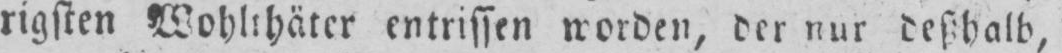
rigsten Wohlthäter entrissen worden, der nur deßhalb,